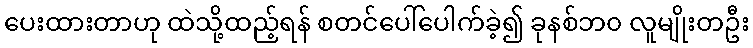
ပေးထားတာဟု ထဲသို့ထည့်ရန် စတင်ပေါ်ပေါက်ခဲ့၍ ခုနစ်ဘ၀ လူမျိုးတဦး